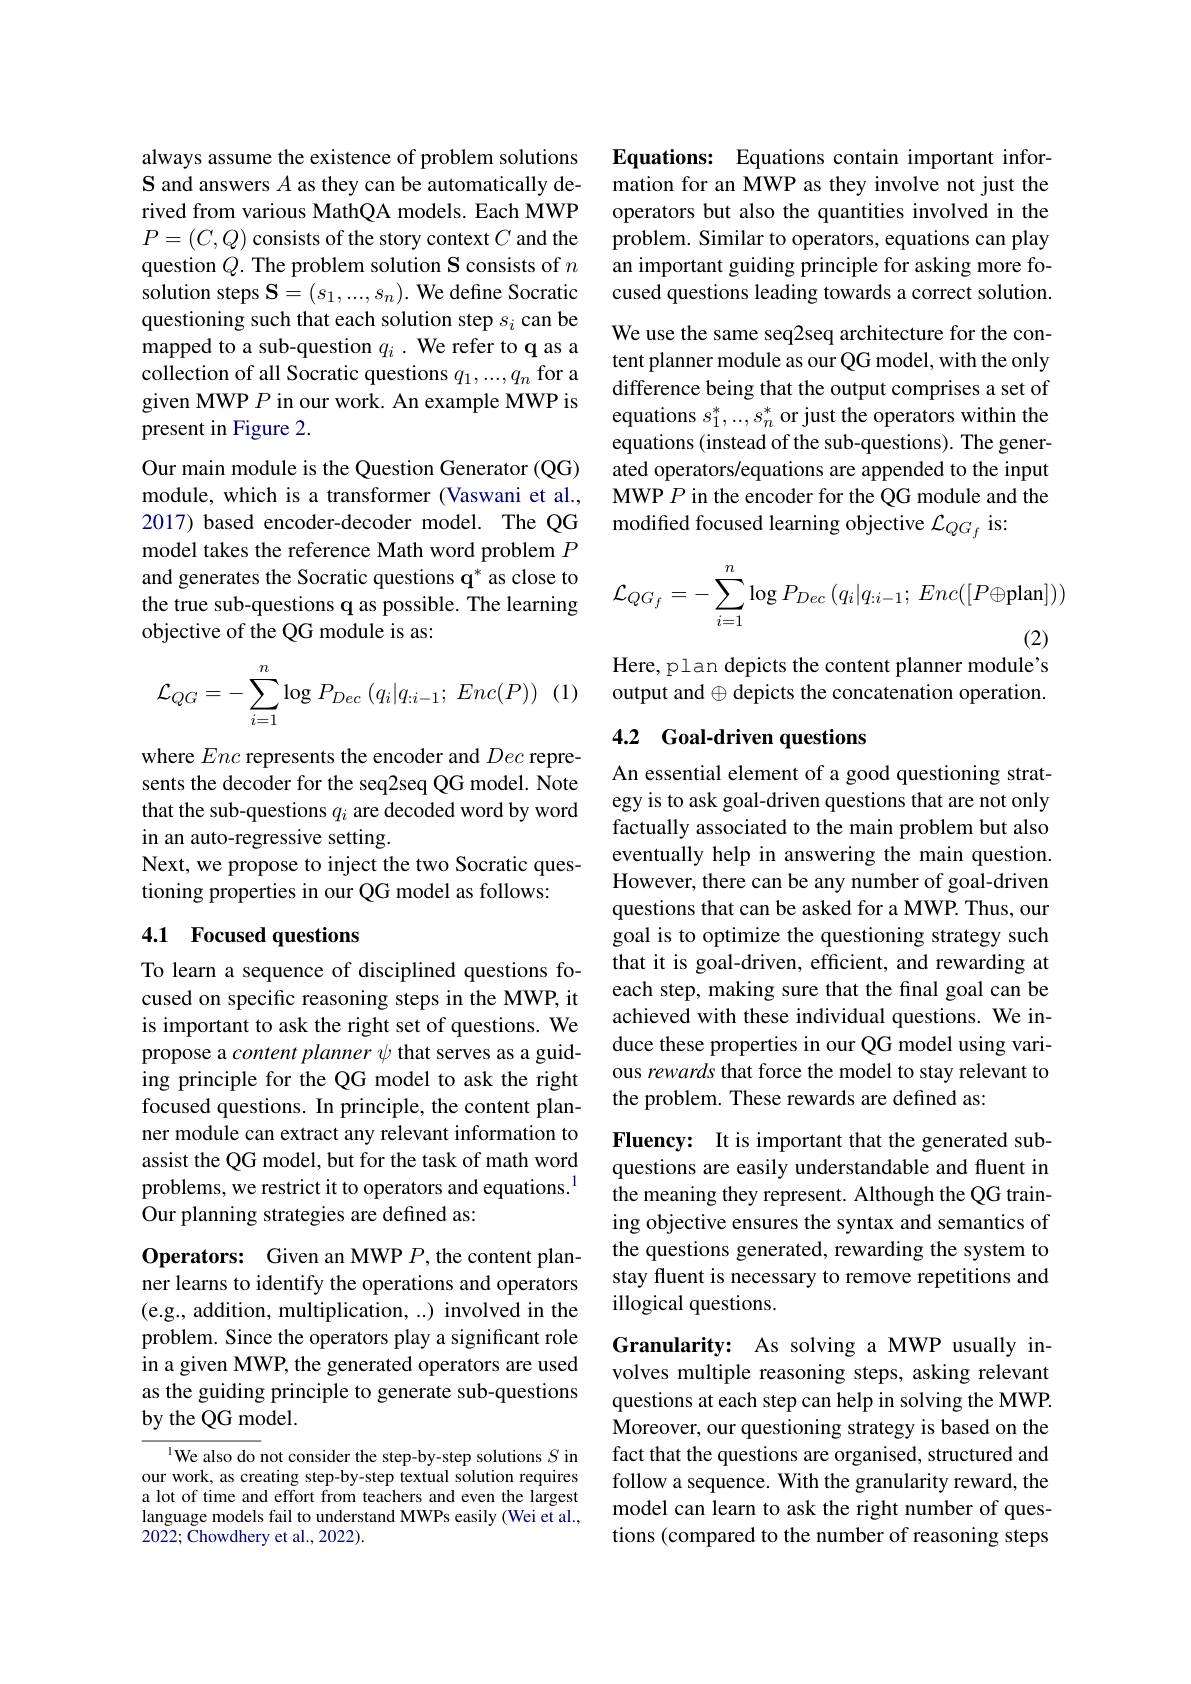
always assume the existence of problem solutions S and answers $A$ as they can be automatically derived from various MathQA models. Each MWP $P=(C,Q)$ consists of the story context $C$ and the question $Q.$ The problem solution S consists of $n$ solution steps $\mathbf{S}=(s_1,...,s_n).$ We define Socratic questioning such that each solution step $s_i$ can be mapped to a sub-question $q_i.$ We refer to q as a collection of all Socratic questions $q_1,...,q_n$ for a given MWP $P$ in our work. An example MWP is present in Figure 2.
Our main module is the Question Generator (QG) module, which is a transformer (Vaswani et al., 2017) based encoder-decoder model. The QG model takes the reference Math word problem $P$ and generates the Socratic questions q* as close to the true sub-questions q as possible. The learning objective of the QG module is as:
$$\mathcal{L}_{QG}=-\sum_{i=1}^{n}\log P_{Dec}\left(q_{i}|q_{:i-1};\:Enc(P)\right)$$
where Enc represents the encoder and Dec represents the decoder for the seq2seq QG model. Note that the sub-questions $q_i$ are decoded word by word in an auto-regressive setting.
Next, we propose to inject the two Socratic ques-
tioning properties in our QG model as follows:

## 4.1 Focused questions

To learn a sequence of disciplined questions focused on specific reasoning steps in the MWP, it is important to ask the right set of questions. We propose a content planner $\psi$ that serves as a guiding principle for the QG model to ask the right focused questions. In principle, the content planner module can extract any relevant information to assist the QG model, but for the task of math word problems, we restrict it to operators and equations.$^{1}$ Our planning strategies are defined as:

Operators: Given an MWP $P$, the content planner learns to identify the operations and operators (e.g., addition, multiplication, ...) involved in the problem. Since the operators play a significant role in a given MWP, the generated operators are used as the guiding principle to generate sub-questions by the QG model.

$^{\text{1}}$We also do not consider the step-by-step solutions $S$ in our work, as creating step-by-step textual solution requires a lot of time and effort from teachers and even the largest language models fail to understand MWPs easily (Wei et al., 2022;Chowdhery et al., 2022).

Equations: Equations contain important information for an MWP as they involve not just the operators but also the quantities involved in the problem. Similar to operators, equations can play an important guiding principle for asking more focused questions leading towards a correct solution. We use the same seq2seq architecture for the content planner module as our QG model, with the only difference being that the output comprises a set of equations $s_1^*,...,s_n^*$ or just the operators within the equations (instead of the sub-questions). The generated operators/equations are appended to the input MWP $P$ in the encoder for the QG module and the modified focused learning objective $\mathcal{L}_QG_f$ is:
$$\mathcal{L}_{QG_{f}}=-\sum_{i=1}^{n}\log P_{Dec}\left(q_{i}|q_{:i-1};\:Enc([P\oplus\text{plan}])\right)$$
Here, plan depicts the content planner module's

output and $\oplus$ depicts the concatenation operation.

# 4.2 Goal-driven questions

An essential element of a good questioning strategy is to ask goal-driven questions that are not only factually associated to the main problem but also eventually help in answering the main question. However, there can be any number of goal-driven questions that can be asked for a MWP. Thus, our goal is to optimize the questioning strategy such that it is goal-driven, efficient, and rewarding at each step, making sure that the final goal can be achieved with these individual questions. We induce these properties in our QG model using various rewards that force the model to stay relevant to the problem. These rewards are defined as:

Fluency: It is important that the generated subquestions are easily understandable and fluent in the meaning they represent. Although the QG training objective ensures the syntax and semantics of the questions generated, rewarding the system to stay fluent is necessary to remove repetitions and illogical questions.

Granularity: As solving a MWP usually involves multiple reasoning steps, asking relevant questions at each step can help in solving the MWP. Moreover, our questioning strategy is based on the fact that the questions are organised, structured and follow a sequence. With the granularity reward, the model can learn to ask the right number of questions (compared to the number of reasoning steps